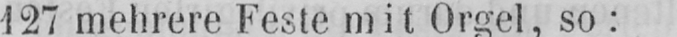
127 mehrere Feste mit Orgel, so: